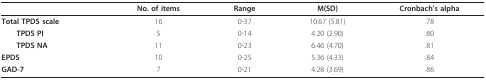
<table><thead><tr><td></td><td><b>No. of items</b></td><td><b>Range</b></td><td><b>M(SD)</b></td><td><b>Cronbach&#x27;s alpha</b></td></tr></thead><tbody><tr><td><b>Total TPDS scale </b></td><td>16</td><td>0-37</td><td>10.67 (5.81)</td><td>.78</td></tr><tr><td> <b>TPDS PI </b></td><td>5</td><td>0-14</td><td>4.20 (2.90)</td><td>.80</td></tr><tr><td> <b>TPDS NA </b></td><td>11</td><td>0-23</td><td>6.46 (4.70)</td><td>.81</td></tr><tr><td><b>EPDS </b></td><td>10</td><td>0-25</td><td>5.36 (4.33)</td><td>.84</td></tr><tr><td><b>GAD-7 </b></td><td>7</td><td>0-21</td><td>4.28 (3.69)</td><td>.86</td></tr></tbody></table>